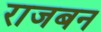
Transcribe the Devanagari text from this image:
राजबन